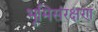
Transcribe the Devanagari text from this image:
भूमिसंरक्षण